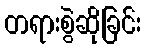
တရားစွဲဆိုခြင်း